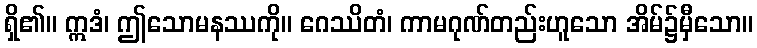
ရှိ၏။ ဣဒံ၊ ဤသောမနဿကို။ ဂေဿိတံ၊ ကာမဂုဏ်တည်းဟူသော အိမ်၌မှီသော။